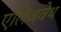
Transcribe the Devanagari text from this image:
एलिजवेथ